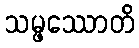
သမ္ဖဿောတိ